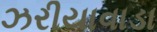
ઝરીયાવાડા